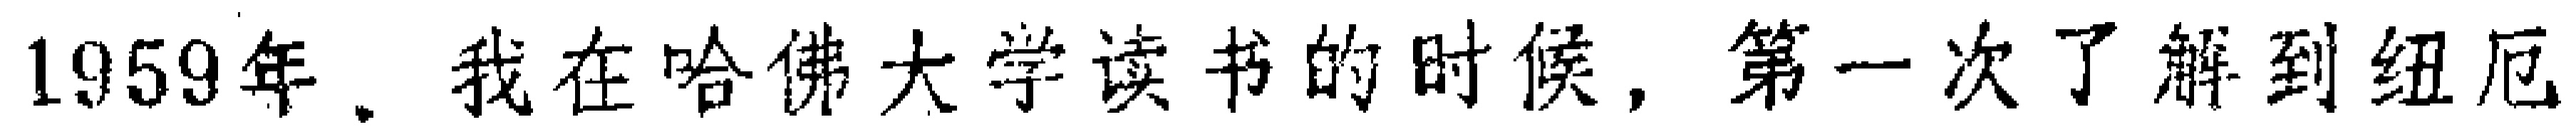
1959年，我在哈佛大学读书的时候，第一次了解到纽厄